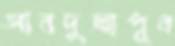
আবদুল্লাপুর